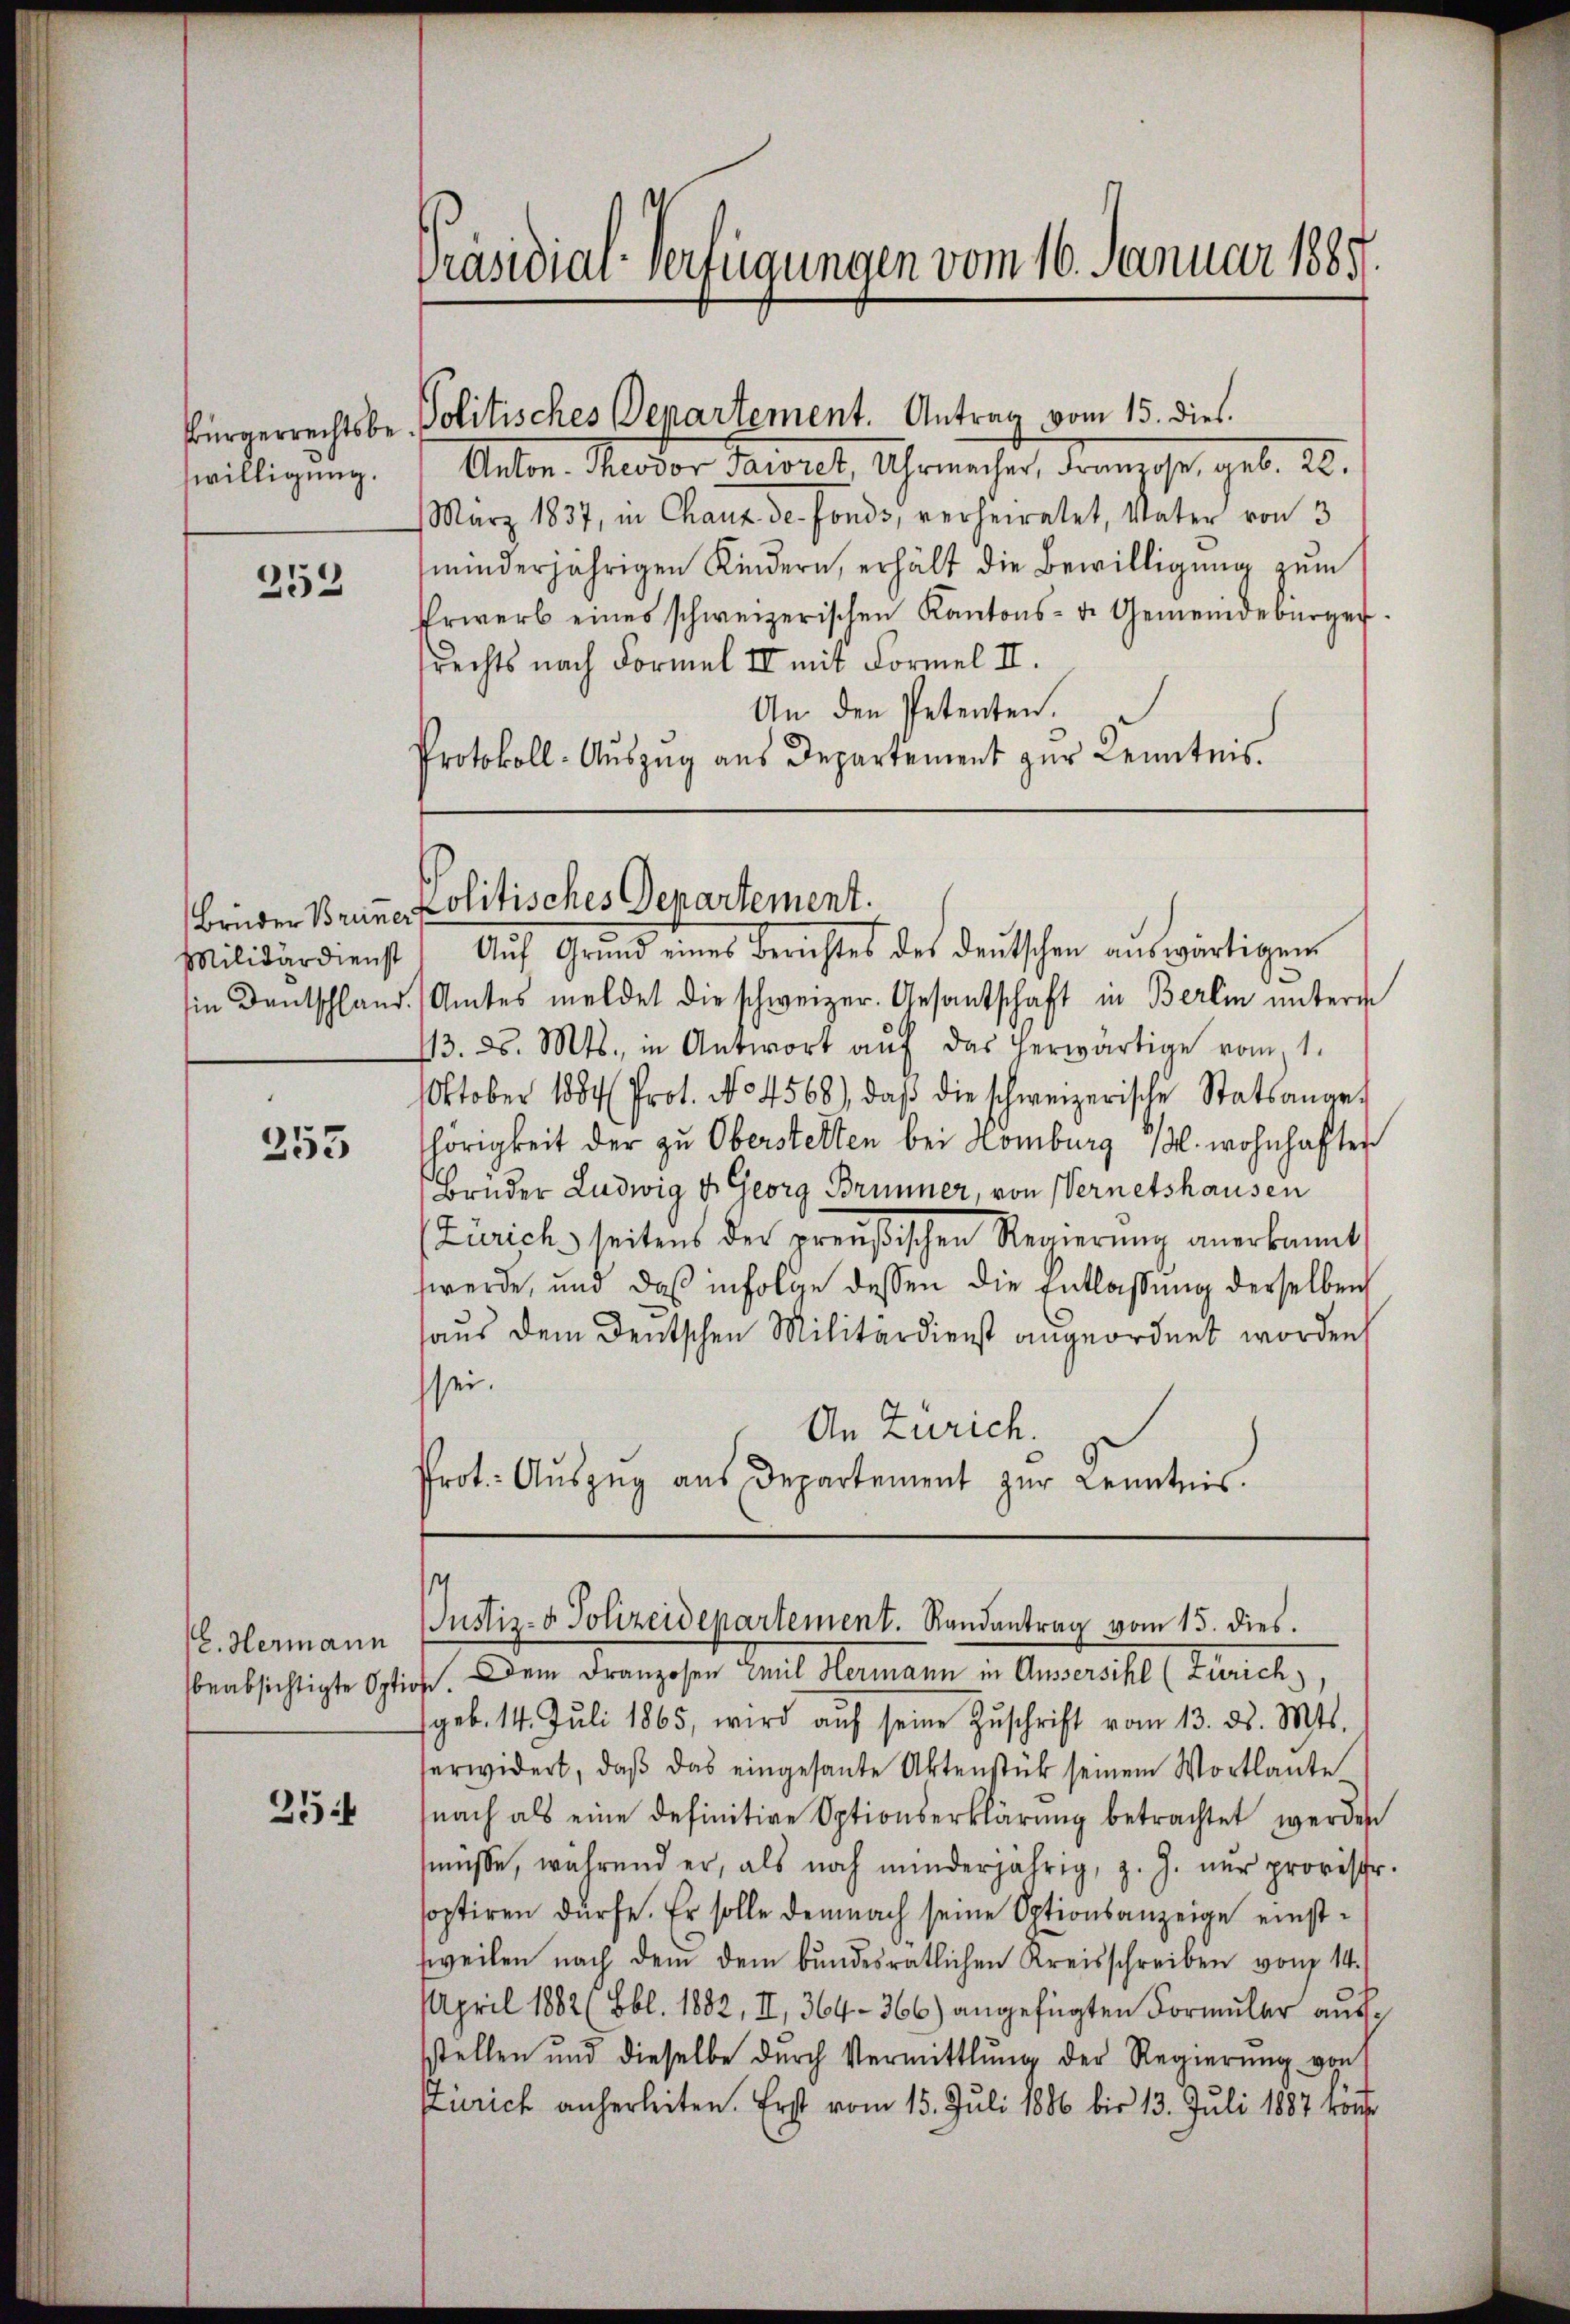
willigung.

252

353

. Hermann
beabsichtigte Optio

25

Präsidial-Verfügungen vom 16. Januar 1885.

Anton Theodor Saioret, Uhrmacher, Franzose, geb. 22.
März 1837, in Chaux de fonds, verheiratet, Vater von 3
minderjährigen Kindern, erhält die Bewilligung zum
Erwerb eines schweizerischen Kantons- de Gemeindebürger.
srechts nach Formel II mit Formel II.
An den Petenten.
Protokoll-Auszug aus Departement zur Kenntnis.

Brüder Brunner Politisches Departement.

Bürgerrechtsbe- Politisches Departement. Antrag vom 15. dies

s
Justiz- & Polizeidepartement. Randantrag vom 15. dies.
i. Dem Franzosen Emil Hermann in Aussersihl (Zürich

Militärdienst. Aŭf Grŭnd eines Berichtes des deutschen aŭswärtigen
sin Deutschland. Amtes meldet die schweizer. Gesantschaft in Berlin untern
13. d. Mts., in Antwort aŭf das herwärtige vom 1.
Oktober 1884 Prot. No. 4568), daβ die schweizerische Statsanar-
hörigkeit der zu Oberstetten bei Homburg 1. wohnhaften
Bruder Ludwig u. Georg Brunner, von Vernetshausen
Zürich seitens der preußischen Regierŭng anerkannt
werde, und das infolge dessen die Entlassung derselben
haus dem Deutschen Militärdienst angeordnet worden
ssei.
An Zürich.
Prot. Auszug aus Departement zur Kenntnis.

geb. 14. Juli 1865, wird aŭf seine Zŭschrift vom 13. ds. Mts.
serwidert, daβ das eingesante Aktenstück seinem Wortlaute
nach als eine definitive Optionserklärŭng betrachtet werden
müsse, während er, als noch minderjährig, z. Z. nŭr provisor.
sostiren dürfe. Er solle demnach seine Optionsanzeige einstweilen nach dem dem bundesrätlichen Kreisschreiben vom 14.
April 1882 (Bbl. 1882, II, 364-366) angefügten Formular aussstellen und dieselbe dŭrch Vermittlung der Regierŭng von
Zürich anherleiten. Erst vom 15. Juli 1886 bis 13. Juli 1887 könne